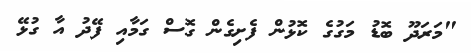
"މަރަދޫ ބޮޑު މަގުގެ ކޮޅުން ފެށިގެން ގޮސް ގަމާއި ފޭދު އާ ގުޅޭ